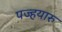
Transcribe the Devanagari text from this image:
पज्हयारु